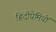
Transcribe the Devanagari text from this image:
हिंदीप्रेमियों